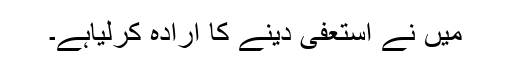
میں نے استعفیٰ دینے کا ارادہ کرلیاہے۔